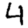
Digit: 4